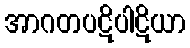
အာဂတပဋိပါဋိယာ